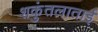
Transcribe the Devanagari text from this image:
शकुंतलाताई